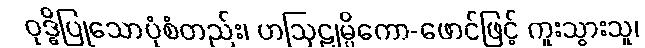
ဝုဒ္ဓိပြုသောပုံစံတည်း၊ ဟဩဠုမ္ပိကော-ဖောင်ဖြင့် ကူးသွားသူ၊